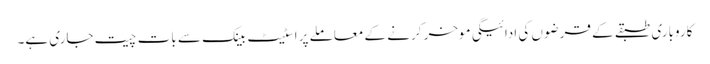
کاروباری طبقے کے قرضوں کی ادائیگی موخر کرنے کے معاملے پر اسٹیٹ بینک سے بات چیت جاری ہے۔